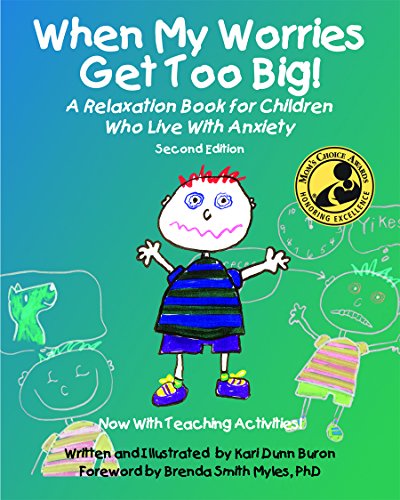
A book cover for When My Worries Get Too Big!; Kari Dunn Buron; Education & Teaching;